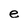
Character: e